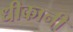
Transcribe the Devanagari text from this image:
धीकानी